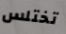
تختلس